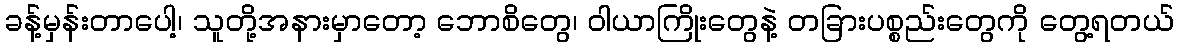
ခန့်မှန်းတာပေါ့၊ သူတို့အနားမှာတော့ ဘောစိတွေ၊ ဝါယာကြိုးတွေနဲ့ တခြားပစ္စည်းတွေကို တွေ့ရတယ်